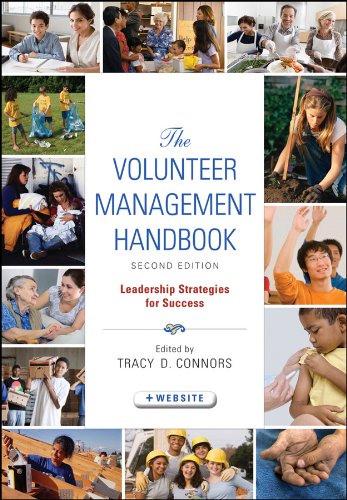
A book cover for The Volunteer Management Handbook: Leadership Strategies for Success; Business & Money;